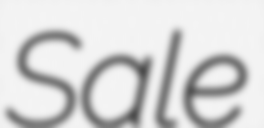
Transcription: Sale